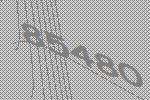
85480